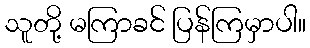
သူတို့ မကြာခင် ပြန်ကြမှာပါ။